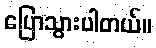
ပြောသွားပါတယ်။